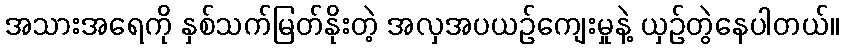
အသားအရေကို နှစ်သက်မြတ်နိုးတဲ့ အလှအပယဉ်ကျေးမှုနဲ့ ယှဉ်တွဲနေပါတယ်။